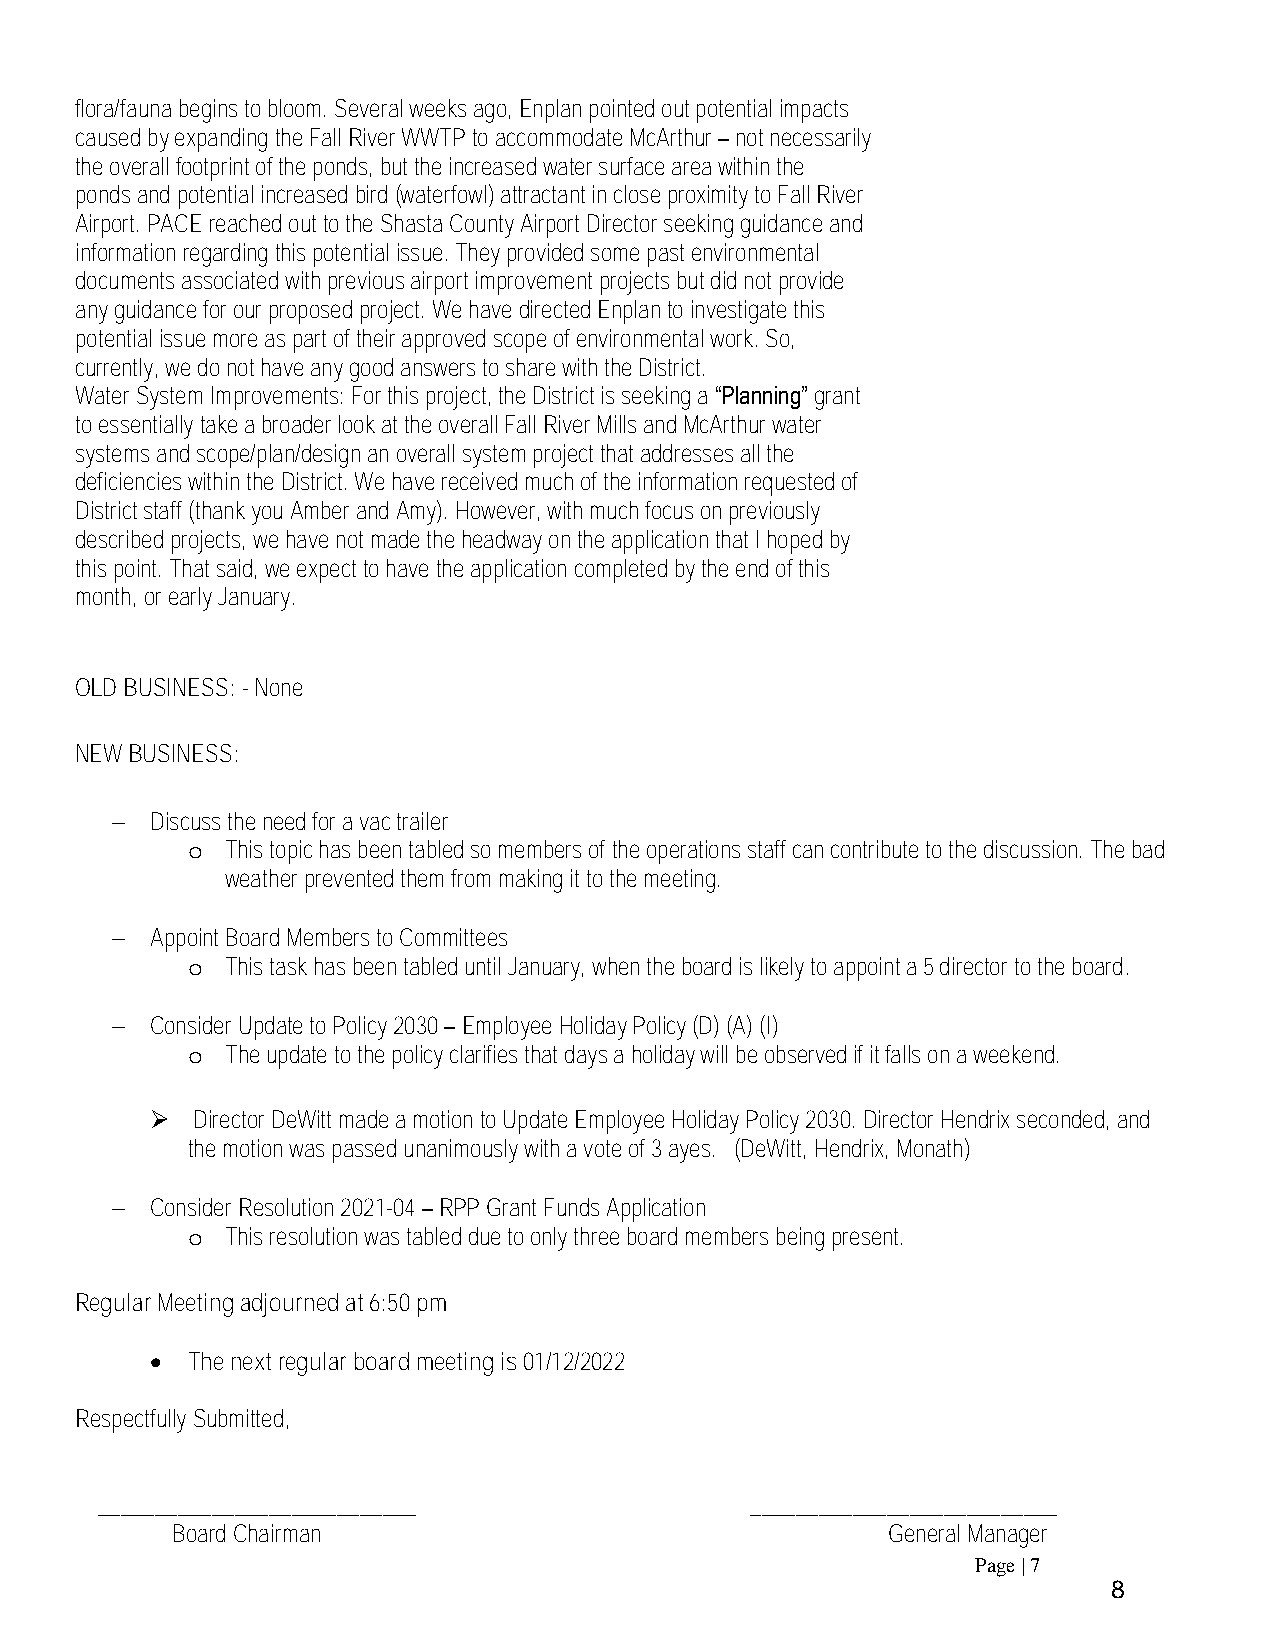
flora/fauna begins to bloom. Several weeks ago, Enplan pointed out potential impacts
 caused by expanding the Fall River WWTP to accommodate McArthur – not necessarily
 the overall footprint of the ponds, but the increased water surface area within the
 ponds and potential increased bird (waterfowl) attractant in close proximity to Fall River
 Airport. PACE reached out to the Shasta County Airport Director seeking guidance and
 information regarding this potential issue. They provided some past environmental
 documents associated with previous airport improvement projects but did not provide
 any guidance for our proposed project. We have directed Enplan to investigate this
 potential issue more as part of their approved scope of environmental work. So,
 currently, we do not have any good answers to share with the District.
 Water System Improvements: For this project, the District is seeking a “Planning” grant
 to essentially take a broader look at the overall Fall River Mills and McArthur water
 systems and scope/plan/design an overall system project that addresses all the
 deficiencies within the District. We have received much of the information requested of
 District staff (thank you Amber and Amy). However, with much focus on previously
 described projects, we have not made the headway on the application that I hoped by
 this point. That said, we expect to have the application completed by the end of this
 month, or early January.
 OLD BUSINESS: - None
 NEW BUSINESS:
 −  Discuss the need for a vac trailer
 o  This topic has been tabled so members of the operations staff can contribute to the discussion. The bad
 weather prevented them from making it to the meeting.
 −  Appoint Board Members to Committees
 o  This task has been tabled until January, when the board is likely to appoint a 5 director to the board.
 −  Consider Update to Policy 2030 – Employee Holiday Policy (D) (A) (I)
 o  The update to the policy clarifies that days a holiday will be observed if it falls on a weekend.
 ➢  Director DeWitt made a motion to Update Employee Holiday Policy 2030. Director Hendrix seconded, and
 the motion was passed unanimously with a vote of 3 ayes. (DeWitt, Hendrix, Monath)
 −  Consider Resolution 2021-04 – RPP Grant Funds Application
 o  This resolution was tabled due to only three board members being present.
 Regular Meeting adjourned at 6:50 pm
 • The next regular board meeting is 01/12/2022
 Respectfully Submitted,
 ____________________________                ___________________________
 Board Chairman                                  General Manager
 Page | 7
 8